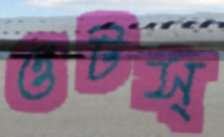
ওটস্